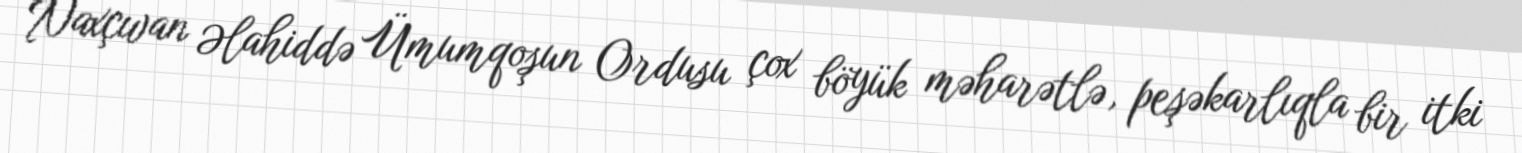
Naxçıvan Əlahiddə Ümumqoşun Ordusu çox böyük məharətlə, peşəkarlıqla bir itki